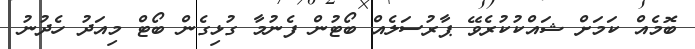
ބޮމެއް ކަމަށް ޝައްކުކުރެވޭ ޕާރުސަލެއް ބޯޓުން ފެނުމާ ގުޅިގެން ބޯޓް މިއަދު ހެދުނު